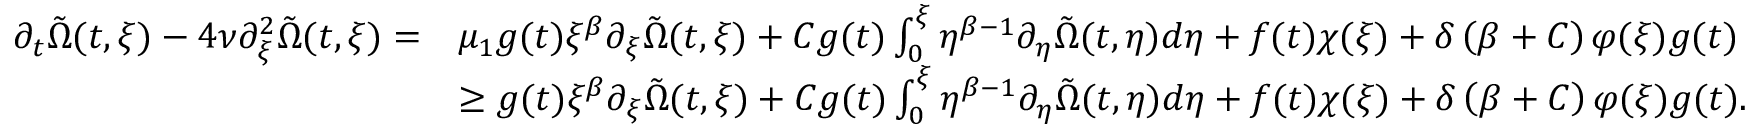
\begin{array} { r l } { \partial _ { t } \tilde { \Omega } ( t , \xi ) - 4 \nu \partial _ { \xi } ^ { 2 } \tilde { \Omega } ( t , \xi ) = } & { \mu _ { 1 } g ( t ) \xi ^ { \beta } \partial _ { \xi } \tilde { \Omega } ( t , \xi ) + C g ( t ) \int _ { 0 } ^ { \xi } \eta ^ { \beta - 1 } \partial _ { \eta } \tilde { \Omega } ( t , \eta ) d \eta + f ( t ) \chi ( \xi ) + \delta \left( \beta + C \right) \varphi ( \xi ) g ( t ) } \\ & { \geq g ( t ) \xi ^ { \beta } \partial _ { \xi } \tilde { \Omega } ( t , \xi ) + C g ( t ) \int _ { 0 } ^ { \xi } \eta ^ { \beta - 1 } \partial _ { \eta } \tilde { \Omega } ( t , \eta ) d \eta + f ( t ) \chi ( \xi ) + \delta \left( \beta + C \right) \varphi ( \xi ) g ( t ) . } \end{array}